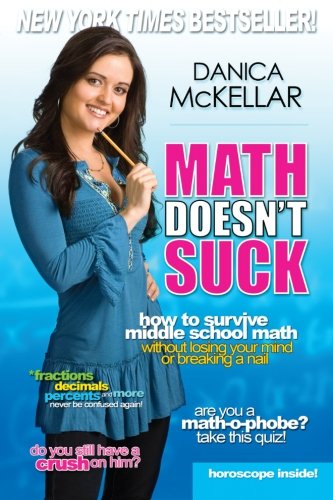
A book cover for Math Doesn't Suck: How to Survive Middle School Math Without Losing Your Mind or Breaking a Nail; Danica McKellar; Science & Math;